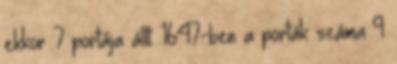
ekkor 7 portája állt. 1647-ben a porták száma 9